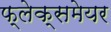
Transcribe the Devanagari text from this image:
फ्लेक्समेयर